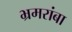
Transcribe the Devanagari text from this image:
भ्रमरांबा